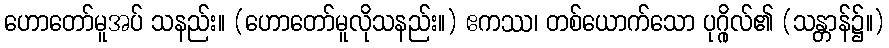
ဟောတော်မူအပ် သနည်း။ (ဟောတော်မူလိုသနည်း။) ဧကဿ၊ တစ်ယောက်သော ပုဂ္ဂိုလ်၏ (သန္တာန်၌။)